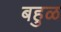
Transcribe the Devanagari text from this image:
बहुळ